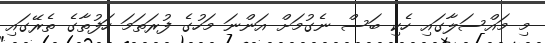
މި މައްސަލާގައި ހެކި ބަސް ނެގުމަށް އަންނަ މަހުގެ ފުރަތަމަ ހަފުތާގެ ތެރޭގައި